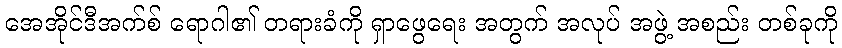
အေအိုင်ဒီအက်စ် ရောဂါ၏ တရားခံကို ရှာဖွေရေး အတွက် အလုပ် အဖွဲ့ အစည်း တစ်ခုကို